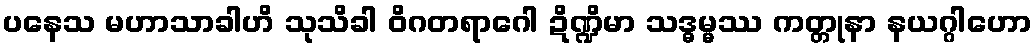
ပနေသ မဟာသာခါဟိ သုသိခါ ဝိဂတရာဂေါ ဍိဏ္ဍိမာ သဒ္ဓမ္မဿ ကတ္တုနာ နယဂ္ဂါဟော